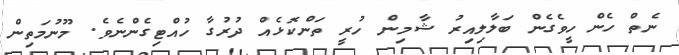
ނެތް ހެން ހީވެގެން ބަލާލިއިރު ޝާމިން ހުރީ ތަންކޮޅެއް ދުރުގާ ހުއްޓިގެންނެވެ. މޫނުމަތިން